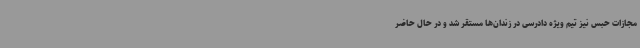
مجازات حبس نیز تیم ویژه دادرسی در زندان‌ها مستقر شد و در حال حاضر